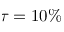
\tau = 1 0 \%